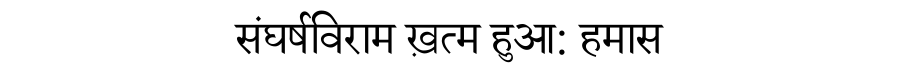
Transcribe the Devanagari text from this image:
संघर्षविराम ख़त्म हुआ: हमास